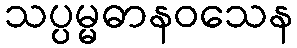
သပ္ပမ္မဓာနဝသေန